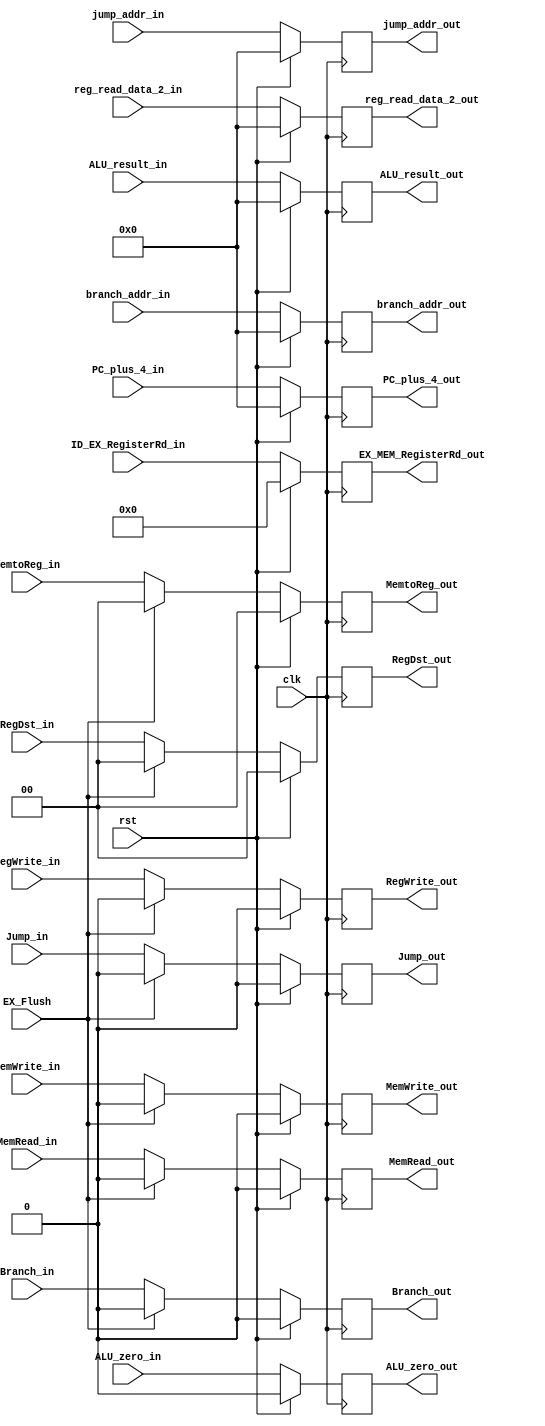
module EX_MEM (	
	input clk, rst,
	input EX_Flush,
	input RegWrite_in,  
	input [1:0] MemtoReg_in, RegDst_in,
	input Branch_in, MemRead_in, MemWrite_in, Jump_in,
	input [31:0] jump_addr_in, branch_addr_in, PC_plus_4_in,
	input ALU_zero_in,
	input [31:0] ALU_result_in, reg_read_data_2_in, 
	input [4:0] ID_EX_RegisterRd_in,
	
	output RegWrite_out, 
	output [1:0] MemtoReg_out, RegDst_out,
	output Branch_out, MemRead_out, MemWrite_out, Jump_out,
	output [31:0] jump_addr_out, branch_addr_out, PC_plus_4_out,
	output ALU_zero_out,
	output [31:0] ALU_result_out, reg_read_data_2_out,
	output [4:0] EX_MEM_RegisterRd_out
);

	reg RegWrite_out;
	reg [1:0] MemtoReg_out, RegDst_out;
	reg Branch_out, MemRead_out, MemWrite_out, Jump_out;
	reg [31:0] jump_addr_out, branch_addr_out, PC_plus_4_out;
	reg ALU_zero_out;
	reg [31:0] ALU_result_out, reg_read_data_2_out;
	reg [4:0] EX_MEM_RegisterRd_out;

	always @(negedge clk) begin
		if (rst == 1'b1) begin
		  RegWrite_out <= 1'b0;
		  MemtoReg_out <= 2'b00;
		  RegDst_out <= 2'b00;
		  Branch_out <= 1'b0;
		  MemRead_out <= 1'b0;
		  MemWrite_out <= 1'b0;
		  Jump_out <= 1'b0;
		  jump_addr_out <= 32'b0;
		  PC_plus_4_out <= 32'b0;
		  branch_addr_out <= 32'b0;
		  ALU_zero_out <= 1'b0;
		  ALU_result_out <= 32'b0;
		  reg_read_data_2_out <= 32'b0;
		  EX_MEM_RegisterRd_out <= 5'b0; 
		end

		else begin

			RegWrite_out <= RegWrite_in;
		 	MemtoReg_out <= MemtoReg_in;
			RegDst_out <= RegDst_in;
		  	Branch_out <= Branch_in;
		  	MemRead_out <= MemRead_in;
		  	MemWrite_out <= MemWrite_in;
		  	Jump_out <= Jump_in;
		  	jump_addr_out <= jump_addr_in;
		  	branch_addr_out <= branch_addr_in;
		  	PC_plus_4_out <= PC_plus_4_in;
		  	ALU_zero_out <= ALU_zero_in;
		  	ALU_result_out <= ALU_result_in;
		  	reg_read_data_2_out <= reg_read_data_2_in;
		  	EX_MEM_RegisterRd_out <= ID_EX_RegisterRd_in;

			if (EX_Flush == 1'b1) begin

				RegWrite_out <= 1'b0;
			  	MemtoReg_out <= 2'b00;
				RegDst_out <= 2'b00;
			  	Branch_out <= 1'b0;
			  	MemRead_out <= 1'b0;
			  	MemWrite_out <= 1'b0;
			  	Jump_out <= 1'b0;

			end
		end
	end
endmodule